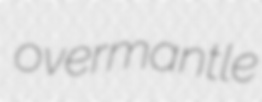
overmantle